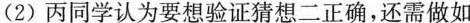
(2)丙同学认为要想验证猜想二正确，还需做如